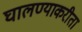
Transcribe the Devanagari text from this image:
घालण्याकरीता